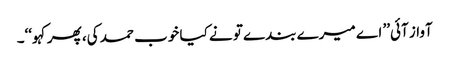
آواز آئی’’ اے میرے بندے تو نے کیا خوب حمد کی، پھر کہو‘‘۔